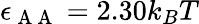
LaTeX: \epsilon_{\mathrm{~A~A~}}=2.30k_{B}T